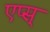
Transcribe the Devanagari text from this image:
एप्स्